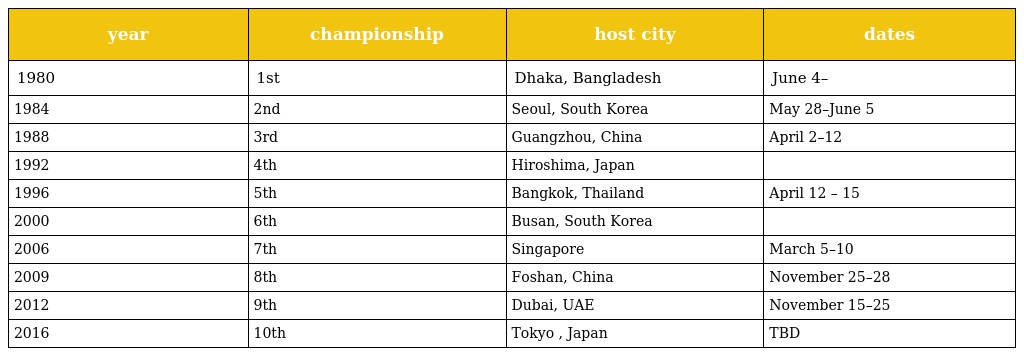
| year | championship | host city | dates |
 | --- | --- | --- | --- |
 | 1980 | 1st | Dhaka, Bangladesh | June 4– |
 | 1984 | 2nd | Seoul, South Korea | May 28–June 5 |
 | 1988 | 3rd | Guangzhou, China | April 2–12 |
 | 1992 | 4th | Hiroshima, Japan |  |
 | 1996 | 5th | Bangkok, Thailand | April 12 – 15 |
 | 2000 | 6th | Busan, South Korea |  |
 | 2006 | 7th | Singapore | March 5–10 |
 | 2009 | 8th | Foshan, China | November 25–28 |
 | 2012 | 9th | Dubai, UAE | November 15–25 |
 | 2016 | 10th | Tokyo , Japan | TBD |